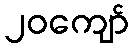
၂၀ကျော်